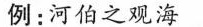
例：河伯之观海